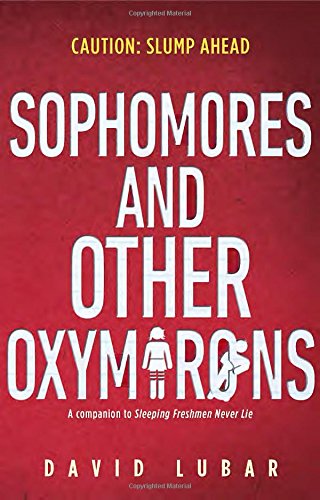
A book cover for Sophomores and Other Oxymorons; David Lubar; Teen & Young Adult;